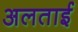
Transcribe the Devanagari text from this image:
अलताई